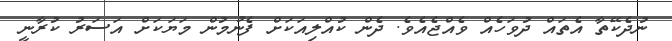
ނުދެކޭތާ އެތައް ދުވަހެއް ވެއްޖެއެވެ. ދެން ކުއްލިއަކަށް ފެނުމުން މަޔަކަށް އަސަރު ކުރާނީ